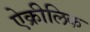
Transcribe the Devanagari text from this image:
ऐक्रीलिक